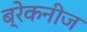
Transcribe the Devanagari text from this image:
ब्रेकनीज